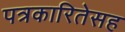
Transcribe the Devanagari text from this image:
पत्रकारितेसह